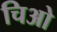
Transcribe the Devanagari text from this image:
चिओ